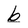
Character: b